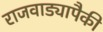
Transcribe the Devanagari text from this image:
राजवाड्यापैकी